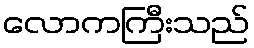
လောကကြီးသည်